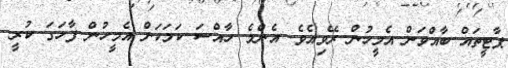
ޕާޓީތައް ބާއްވަން އެމީހުން ރޭވިއެވެ. އެންމެ ހާއްސަ ކަމަކަށް އެމީހުން ފާހަގަ ކުރީ